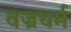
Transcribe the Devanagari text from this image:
वज्रधर्म